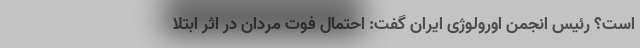
است؟ رئیس انجمن اورولوژی ایران گفت: احتمال فوت مردان در اثر ابتلا